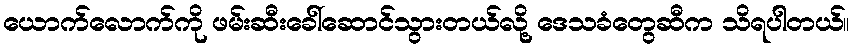
ယောက်လောက်ကို ဖမ်းဆီးခေါ်ဆောင်သွားတယ်လို့ ဒေသခံတွေဆီက သိရပါတယ်။